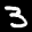
Label: 3